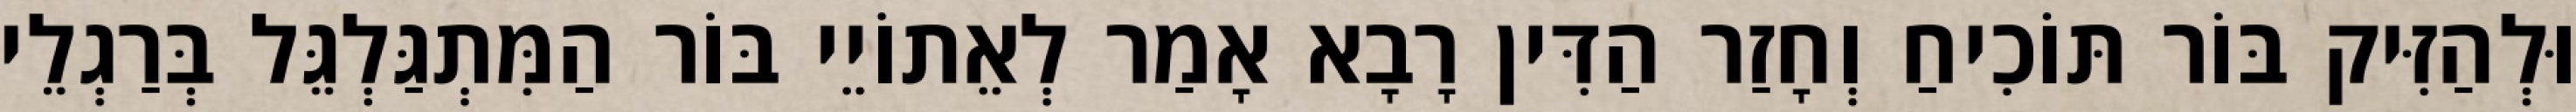
וּלְהַזִּיק בּוֹר תּוֹכִיחַ וְחָזַר הַדִּין רָבָא אָמַר לְאֵתוֹיֵי בּוֹר הַמִּתְגַּלְגֵּל בְּרַגְלֵי